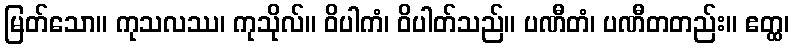
မြတ်သော။ ကုသလဿ၊ ကုသိုလ်။ ဝိပါကံ၊ ဝိပါတ်သည်။ ပဏီတံ၊ ပဏီတတည်း။ ဧတ္ထ၊